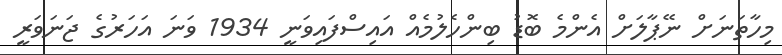
މިހާތަނަށް ނޭޕާލަށް އެންމެ ބޮޑު ބިންހެލުމެއް އައިސްފައިވަނީ 1934 ވަނަ އަހަރުގެ ޖަނަވަރީ